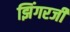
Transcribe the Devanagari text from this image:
झिंगरजी